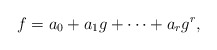
\begin{align*}f=a_0+a_1g+\cdots+a_rg^r,\end{align*}